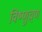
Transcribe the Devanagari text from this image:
विष्णुच्र्ण